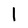
Character: 1